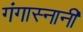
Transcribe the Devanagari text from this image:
गंगास्नानी